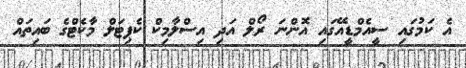
އެ ކަމުގައި ސީއެމްޑީއޭގައި އޮންނަ ރޯލް އަދި އިސްލާމިކް ކެޕިޓަލް މާކެޓްގެ ބައިތައް